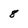
Character: 8